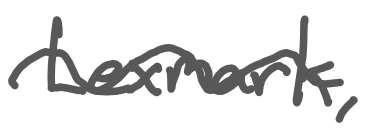
Text: Lexmark,
Cross-out: wave
Writing tool: digital_gray